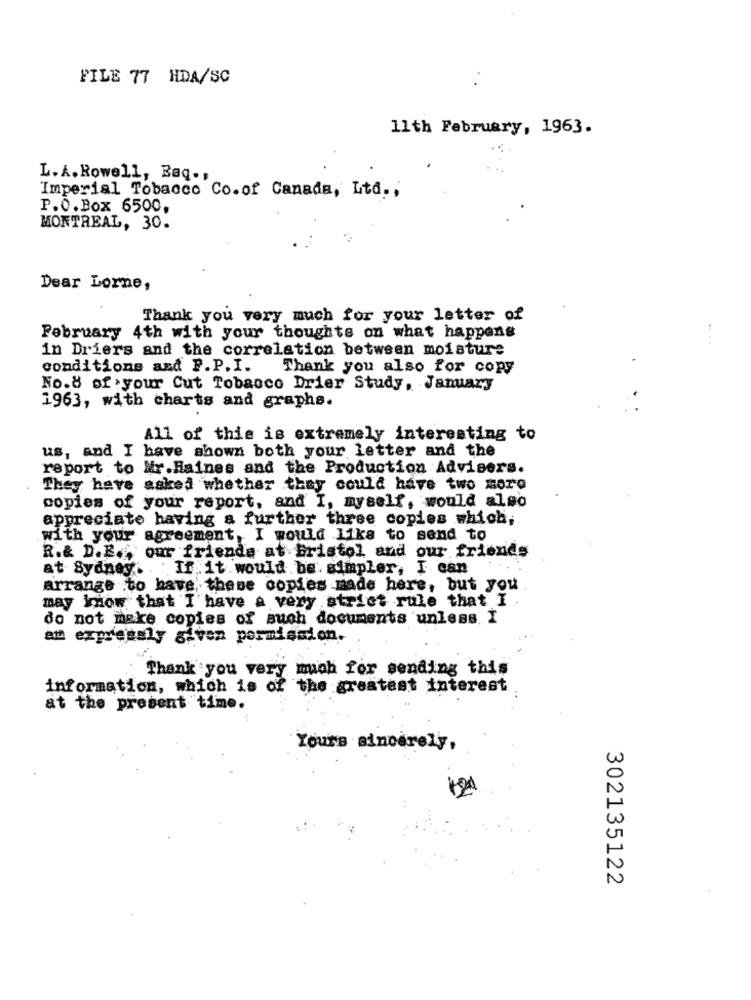
FILE 77 HDA/SC
11th February, 1963.
L.A. Rowell, Baq .,
Imperial Tobacco Co.of Canada, Ltd .,
P.O.Box 6500,
MONTREAL, 30.
Dear Lorne,
Thank you very much for your letter of
February 4th with your thoughts on what happens
in Driers and the correlation between moisture
conditions and P.P.I.
Thank you also for copy
No.8 of :your Cut Tobacco Drier Study, Jamary
1963, with charts and graphs.
All of this is extremely interesting to
us, and I have shown both your letter and the
report to Mr.Haines and the Production Advisers.
They have asked whether they could have two more
copies of your report, and I, myself, would also
appreciate having a further three copies which,
with your agreement, I would like to send to
R.& D.E.our friends at Bristol and our friends
at Sydney. If. it would be simpler, I can
arrange to have these copies made here, but you
may know that I have a very strict rule that I .
do not make copies of such documents unless. I
am expressly given permission.
Thank you very much for sending this
information, which is of the greatest interest
at the present time.
Yours sincerely,
302135122